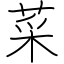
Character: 菜